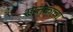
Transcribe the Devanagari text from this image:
सप्तकाचा